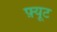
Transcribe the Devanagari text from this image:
फ़्यूट